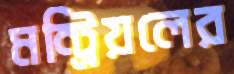
মন্ট্রিয়লের